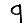
Digit: 9